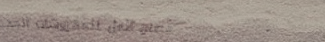
مصنع الأمل للمفروشات الحد